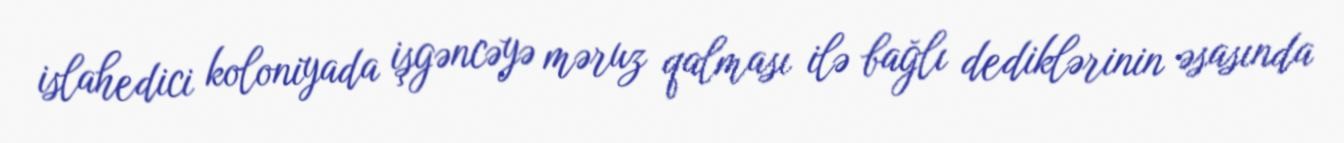
islahedici koloniyada işgəncəyə məruz qalması ilə bağlı dediklərinin əsasında